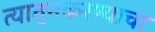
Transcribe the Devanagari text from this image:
त्यातुनकरण्याचा